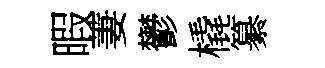
暇萋鬱橇纂